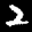
Label: 2